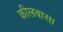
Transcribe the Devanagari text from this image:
कीलबासा